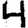
Digit: 4